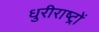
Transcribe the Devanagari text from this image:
धुरीराष्ट्रों